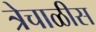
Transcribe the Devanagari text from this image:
त्रेचाळीस